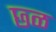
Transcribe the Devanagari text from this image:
छ्ळ